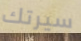
سيرتك